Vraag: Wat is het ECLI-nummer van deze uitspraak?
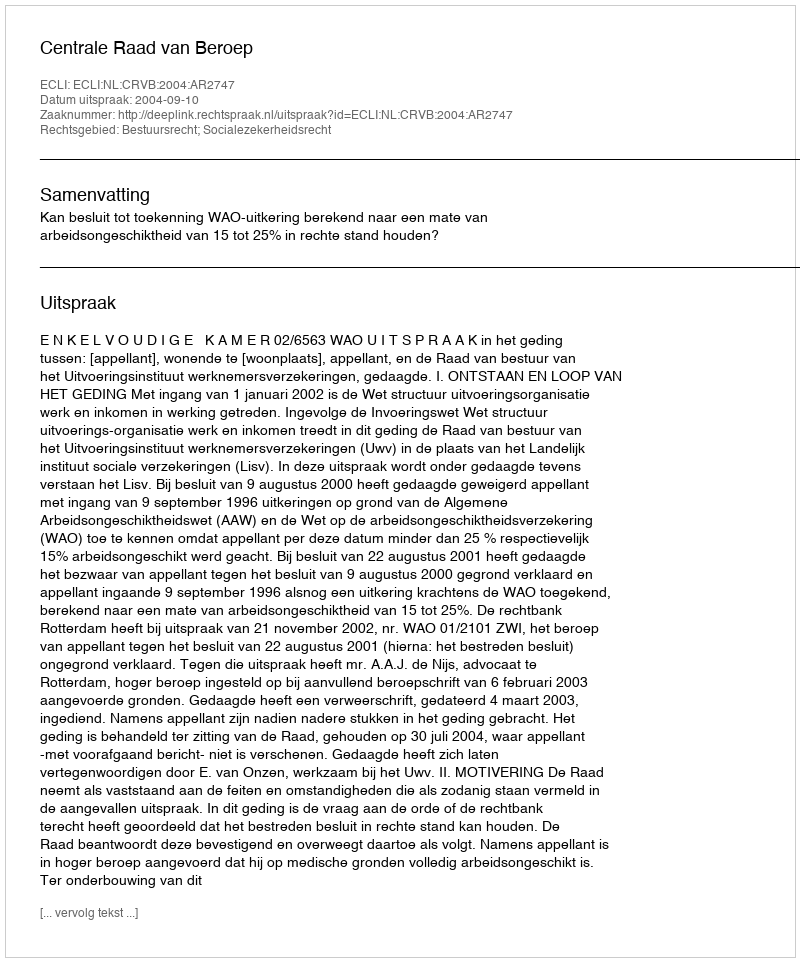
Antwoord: ECLI:NL:CRVB:2004:AR2747